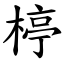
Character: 楟